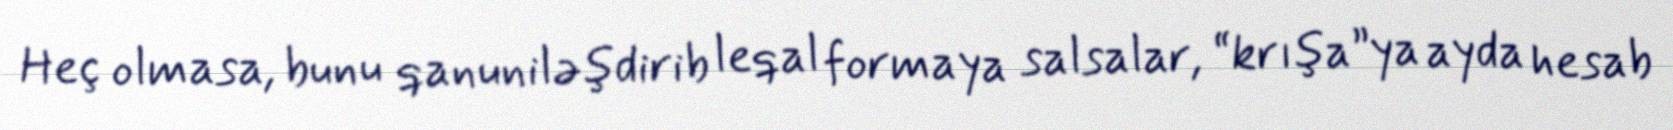
Heç olmasa, bunu qanuniləşdirib leqal formaya salsalar, “krışa”ya ayda hesab